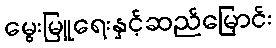
မွေးမြူရေးနှင့်ဆည်မြောင်း